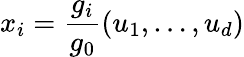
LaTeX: x_{i}={\frac{g_{i}}{g_{0}}}(u_{1},\ldots,u_{d})